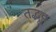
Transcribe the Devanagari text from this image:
तद्भूव